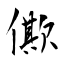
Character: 僛